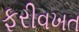
ફરીવખત